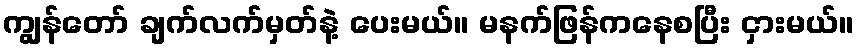
ကျွန်တော် ချက်လက်မှတ်နဲ့ ပေးမယ်။ မနက်ဖြန်ကနေစပြီး ငှားမယ်။